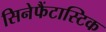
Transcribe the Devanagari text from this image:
सिनेफैंटास्टिक